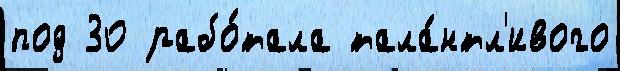
под 30 рабо́тала тала́нтл'ивого